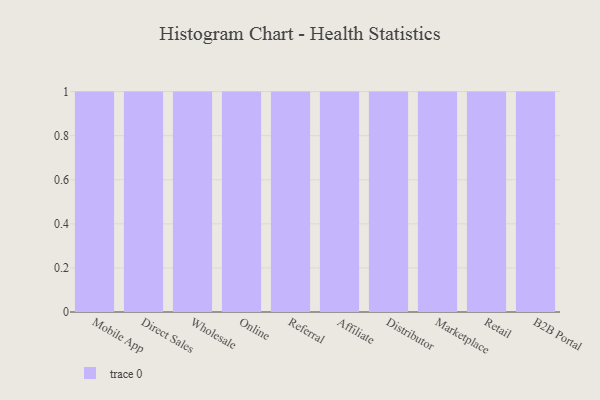
{"axis": {"x": "Channel", "y": "Shipments"}, "legend": [""], "data": [{"x": "Mobile App", "y": 24, "type": ""}, {"x": "Direct Sales", "y": 41, "type": ""}, {"x": "Wholesale", "y": 64, "type": ""}, {"x": "Online", "y": 81, "type": ""}, {"x": "Referral", "y": 49, "type": ""}, {"x": "Affiliate", "y": 88, "type": ""}, {"x": "Distributor", "y": 7, "type": ""}, {"x": "Marketplace", "y": 29, "type": ""}, {"x": "Retail", "y": 86, "type": ""}, {"x": "B2B Portal", "y": 31, "type": ""}]}